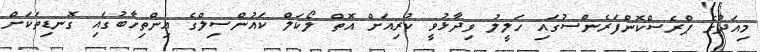
މިއަދުގެ ޕްރެސްކޮންފަރެންސުގައި ހަލީލު ވިދާޅުވީ ކުރިއަށް އޮތް ލޯކަލް ކައުންސިލްގެ އިންތިހާބުގައި ގޮނޑިތަކަށް